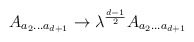
\begin{align*}A_{a_{2}...a_{d+1}} \rightarrow \lambda ^{\frac {d-1}{2}}A_{a_{2}...a_{d+1}}\end{align*}